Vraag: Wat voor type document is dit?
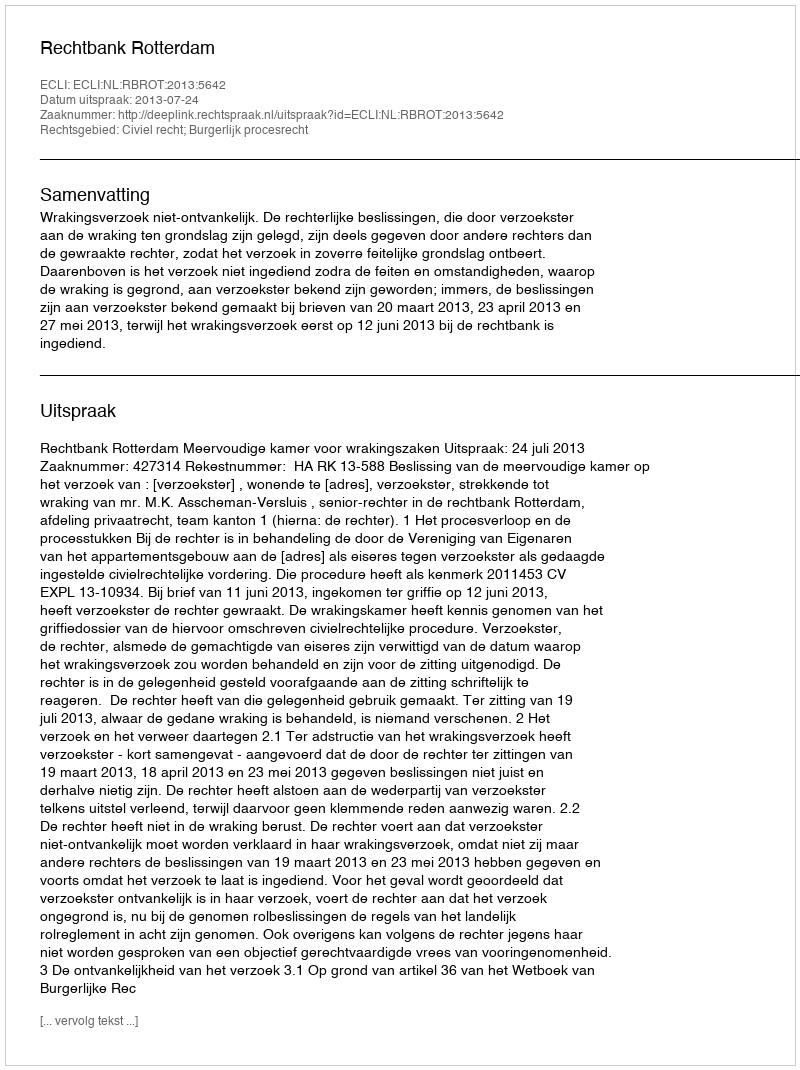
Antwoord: Uitspraak